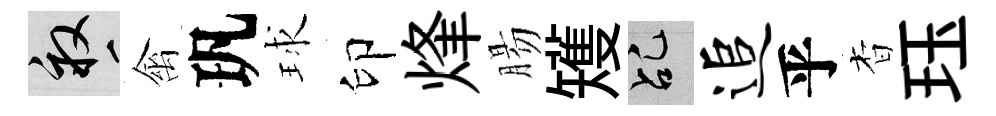
畝禽㺬球印烽腸矱乩追乎杳珏